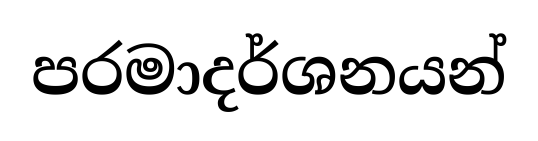
පරමාදර්ශනයන්